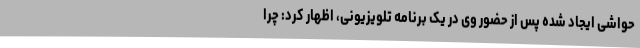
حواشی ایجاد شده پس از حضور وی در یک برنامه تلویزیونی، اظهار کرد: چرا